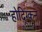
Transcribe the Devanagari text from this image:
होद्ग्किन